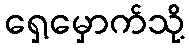
ရှေ့မှောက်သို့